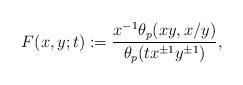
LaTeX: \begin{gather*}F(x,y;t):=\frac{x^{-1}\theta_p(xy,x/y)} {\theta_p(t x^{\pm 1}y^{\pm 1})},\end{gather*}